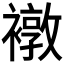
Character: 𧝋